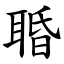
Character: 䎽